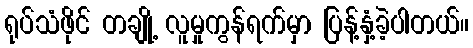
ရုပ်သံဖိုင် တချို့ လူမှုကွန်ရက်မှာ ပြန့်နှံ့ခဲ့ပါတယ်။